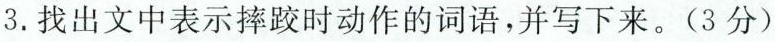
3. 找出文中表示摔跤时动作的词语，并写下来。(3分)